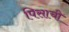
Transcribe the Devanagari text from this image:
पिसाची